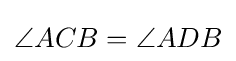
\angle ACB=\angle ADB